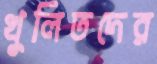
খুলিতদের